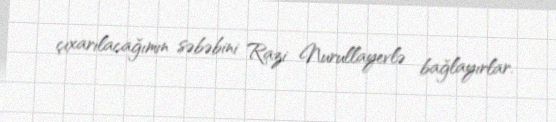
çıxarılacağımın səbəbini Razi Nurullayevlə bağlayırlar.